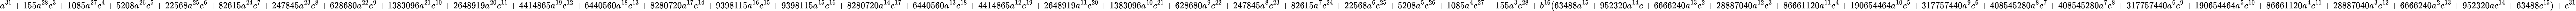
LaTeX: a^{31}+155a^{28}c^{3}+1085a^{27}c^{4}+5208a^{26}c^{5}+22568a^{25}c^{6}+82615a^{24}c^{7}+247845a^{23}c^{8}+628680a^{22}c^{9}+1383096a^{21}c^{10}+2648919a^{20}c^{11}+4414865a^{19}c^{12}+6440560a^{18}c^{13}+8280720a^{17}c^{14}+9398115a^{16}c^{15}+9398115a^{15}c^{16}+8280720a^{14}c^{17}+6440560a^{13}c^{18}+4414865a^{12}c^{19}+2648919a^{11}c^{20}+1383096a^{10}c^{21}+628680a^{9}c^{22}+247845a^{8}c^{23}+82615a^{7}c^{24}+22568a^{6}c^{25}+5208a^{5}c^{26}+1085a^{4}c^{27}+155a^{3}c^{28}+b^{16}(63488a^{15}+952320a^{14}c+6666240a^{13}c^{2}+28887040a^{12}c^{3}+86661120a^{11}c^{4}+190654464a^{10}c^{5}+317757440a^{9}c^{6}+408545280a^{8}c^{7}+408545280a^{7}c^{8}+317757440a^{6}c^{9}+190654464a^{5}c^{10}+86661120a^{4}c^{11}+28887040a^{3}c^{12}+6666240a^{2}c^{13}+952320ac^{14}+63488c^{15})+c^{31}